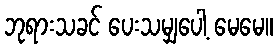
ဘုရားသခင် ပေးသမျှပေါ့ မေမေ။